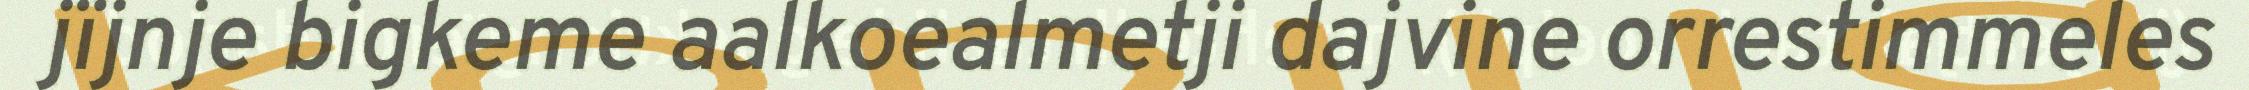
jïjnje bigkeme aalkoealmetji dajvine orrestimmeles